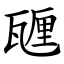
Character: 甅